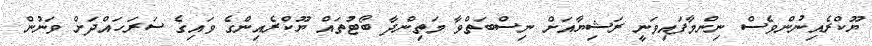
ޔޫކްރެއިނުންވެސް ނިންމާފައިވަނީ ރަޝިޔާއަށް ނިސްބަތްވާ މަތިންދާ ބޯޓުތައް ޔޫކްރެއިންގެ ވައިގެ ސަރަހައްދަށް ވަނުން